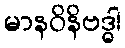
မာနဝိနိဗဒ္ဓါ